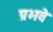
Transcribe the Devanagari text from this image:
प्रभवे